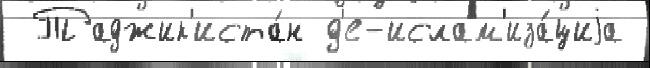
 Таджик'иста́н д'е-ислам'иза́циjа